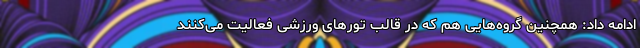
ادامه داد: همچنین گروه‌هایی هم که در قالب تورهای ورزشی فعالیت می‌کنند